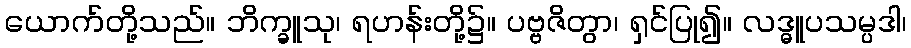
ယောက်တို့သည်။ ဘိက္ခူသု၊ ရဟန်းတို့၌။ ပဗ္ဗဇိတွာ၊ ရှင်ပြု၍။ လဒ္ဓူပသမ္ပဒါ၊